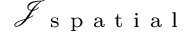
\mathcal { J } _ { \mathrm { ~ s ~ p ~ a ~ t ~ i ~ a ~ l ~ } }